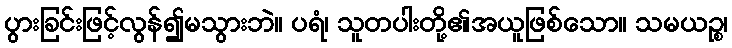
ပွားခြင်းဖြင့်လွန်၍မသွားဘဲ။ ပရံ၊ သူတပါးတို့၏အယူဖြစ်သော။ သမယဉ္စ၊